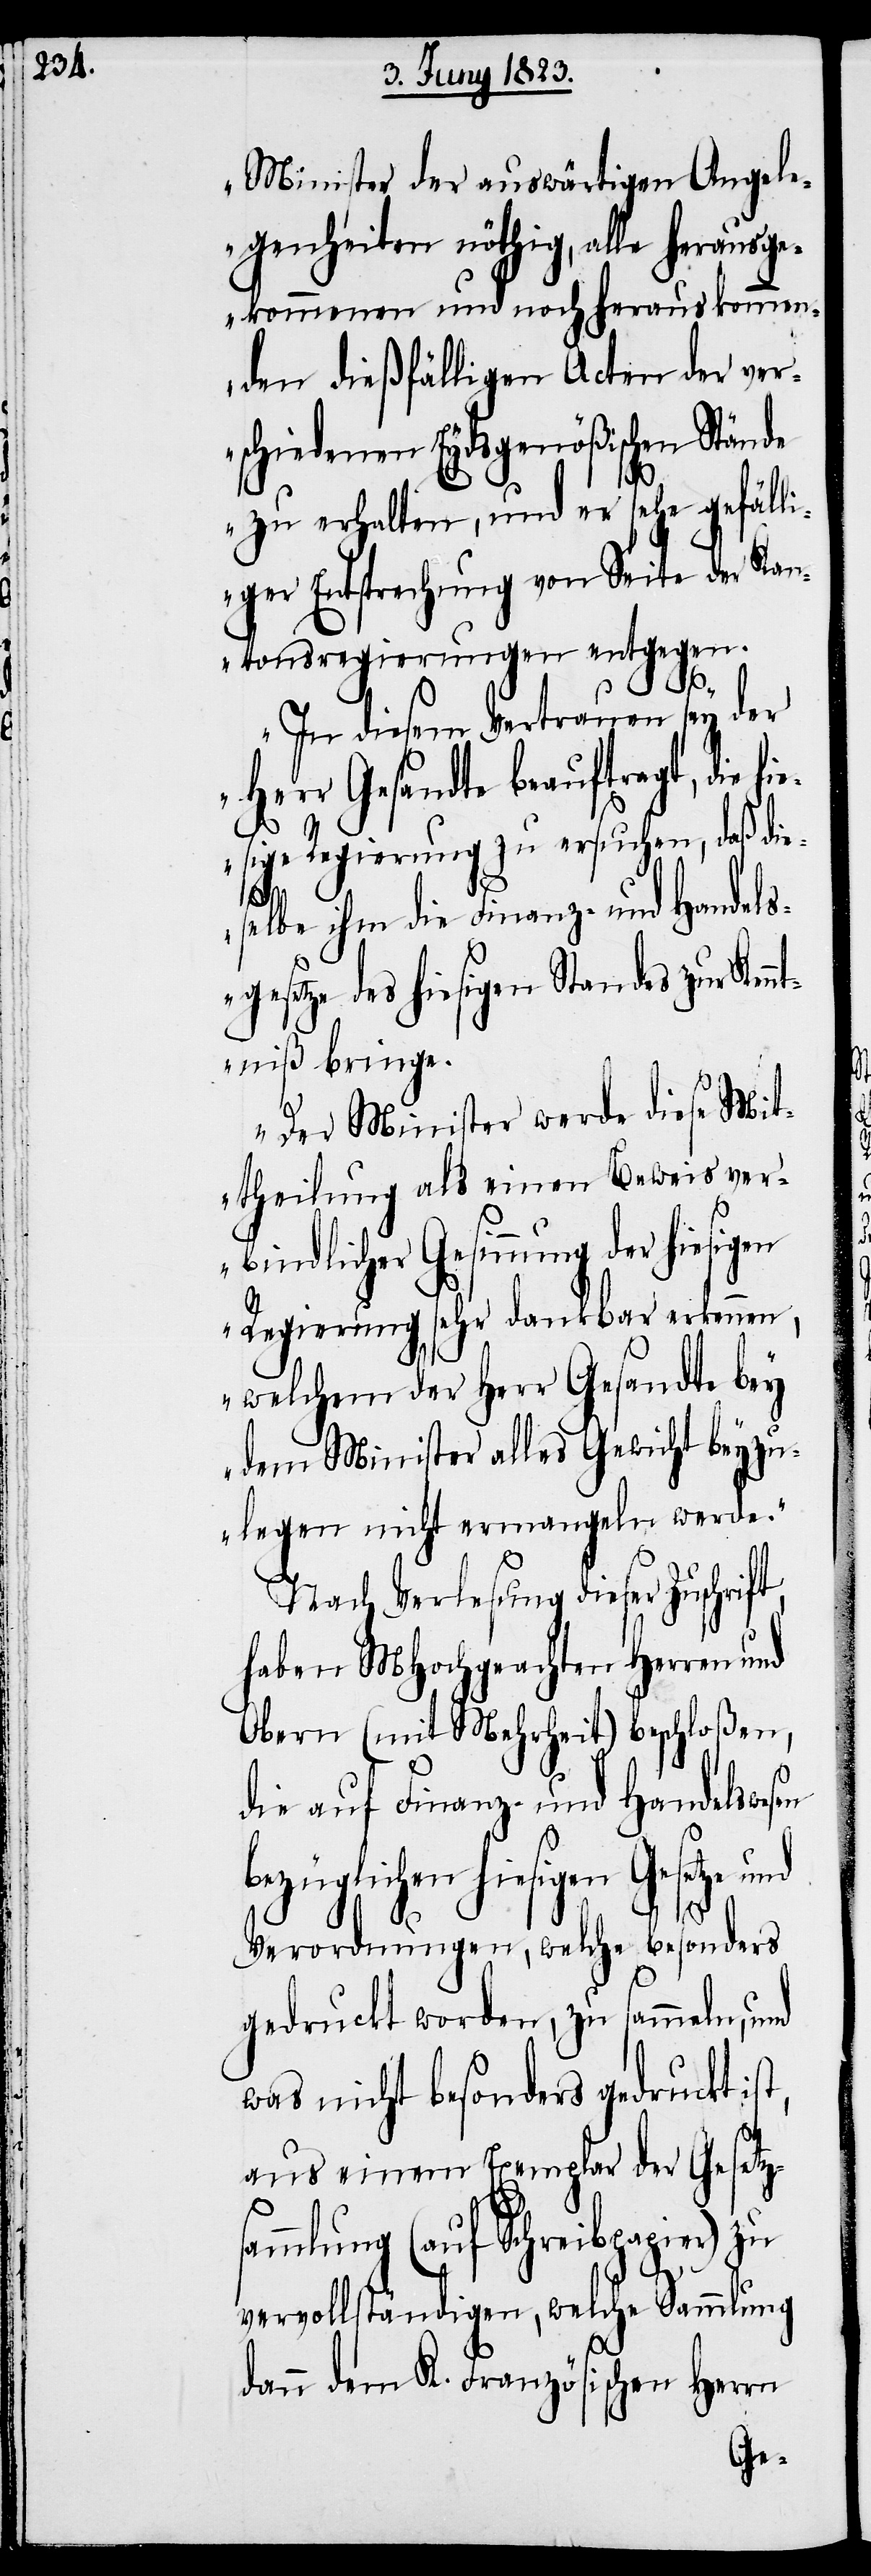
Minister der auswärtigen Angele¬
genheiten nöthig, alle herausge¬
kommenen und noch herauskommen¬
den dießfälligen Acten der ver¬
schiedenen Eydsgenößischen Stände
zu erhalten, und er sehe gefäll¬
iger Entsprechung von Seite der Kan¬
tonsregierungen entgegen.
In diesem Vertrauen sey der
Herr Gesandte beauftragt, die
iesige Regierung zu ersuchen, daß die¬
h¬
selbe ihm die Finanz- und Handels¬
gesetze des hiesigen Standes zur Ken¬
ntniß bringe.
Der Minister werde diese Mit¬
theilung als einen Beweis ver¬
bindlicher Gesinnung der hiesigen
Regierung sehr dankbar erkennen,
welchem der Herr Gesandte bey
dem Minister alles Gewicht beyzu¬
legen nicht ermangeln werde.“
Nach Verlesung dieser Zuschrift,
haben MHochgeachten Herren und
Obern (mit Mehrheit) beschloßen,
die auf Finanz- und Handelswesen
bezüglichen hiesigen Gesetze
Verordnungen, welche besonders
gedruckt worden, zu sammeln, und
was nicht besonders gedruckt ist,
aus einem Exemplar der Gesetz¬
sammlung (auf Schreibpapier) zu
vervollständigen, welche Sammlung
dann dem K. Französischen Herrn